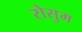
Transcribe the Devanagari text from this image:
रोसुम